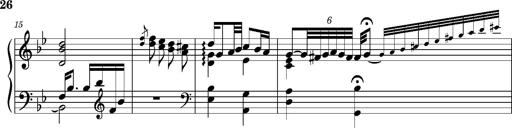
Title: Ungarischer Romanzero
Composer: Franz Liszt